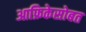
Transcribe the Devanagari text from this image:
आफ्रिकेसोबत